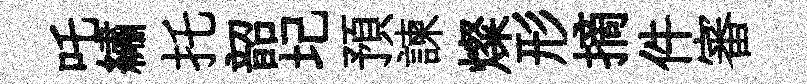
吒繡托韶圮預諫燦形摘件審